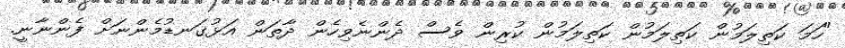
"ހަމަ ކަތިލަމުން ކަތިލަމުން ކަތިލަމުން ކުރިން ވެސް ދެންނެވިހެން ދާތަން އަޅުގަނޑުމެންނަށް ފެންނާނީ.